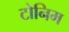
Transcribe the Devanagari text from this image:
टोनिम